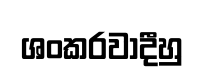
ශංකරවාදීහු